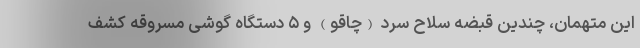
این متهمان، چندین قبضه سلاح سرد (چاقو) و ۵ دستگاه گوشی مسروقه کشف